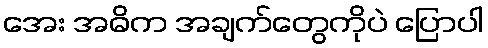
အေး အဓိက အချက်တွေကိုပဲ ပြောပါ